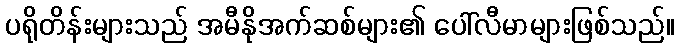
ပရိုတိန်းများသည် အမီနိုအက်ဆစ်များ၏ ပေါ်လီမာများဖြစ်သည်။